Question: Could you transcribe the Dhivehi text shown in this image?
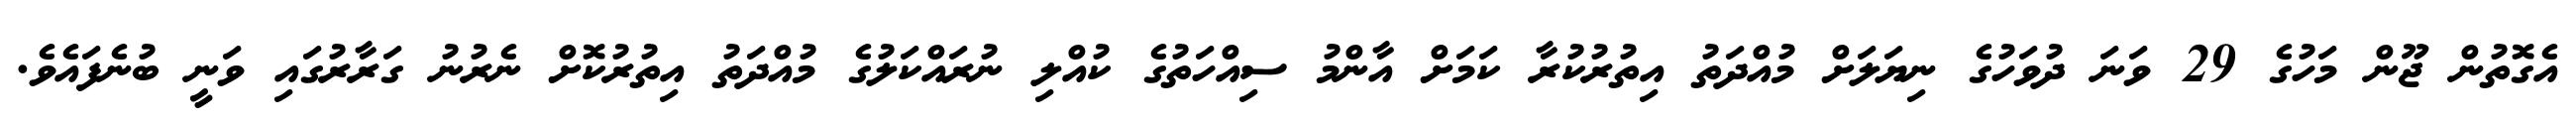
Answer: އެގޮތުން ޖޫން މަހުގެ 29 ވަނަ ދުވަހުގެ ނިޔަލަށް މުއްދަތު އިތުރުކުރާ ކަމަށް އާންމު ސިއްހަތުގެ ކުއްލި ނުރައްކަލުގެ މުއްދަތު އިތުރުކޮށް ނެރުނު ގަރާރުގައި ވަނީ ބުނެފައެވެ.